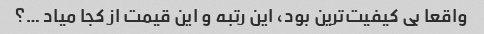
واقعا بی کیفیت‌ترین بود، این رتبه و این قیمت از کجا میاد …؟